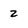
Character: z